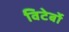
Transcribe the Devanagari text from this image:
विटेर्बो